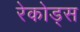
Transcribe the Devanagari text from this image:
रेकोड्स